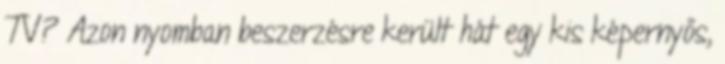
TV? Azon nyomban beszerzésre került hát egy kis képernyős,